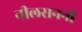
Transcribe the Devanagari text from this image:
नीलसननी